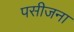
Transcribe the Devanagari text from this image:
पसीजना